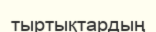
тыртықтардың